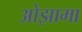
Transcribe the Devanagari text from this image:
ओझामा